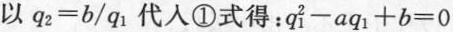
以$$q ^ { 2 } = b / q ^ { 1 }$$代入①式得：$$q _ { 1 } ^ { 2 } - a q ^ { 1 } + b = 0$$